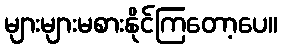
များများမစားနိုင်ကြတော့ပေ။